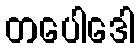
တပေါဒေါ